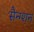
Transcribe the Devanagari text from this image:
सैन्ग्शन